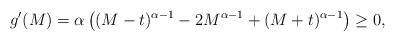
LaTeX: \begin{align*}g'(M) = \alpha \left( (M-t)^{\alpha-1} - 2 M^{\alpha-1} + (M+t)^{\alpha-1} \right) \geq 0,\end{align*}